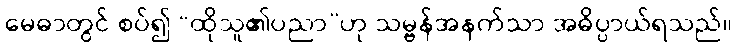
မေဓာတွင် စပ်၍ “ထိုသူ၏ပညာ”ဟု သမ္ဗန်အနက်သာ အဓိပ္ပာယ်ရသည်။